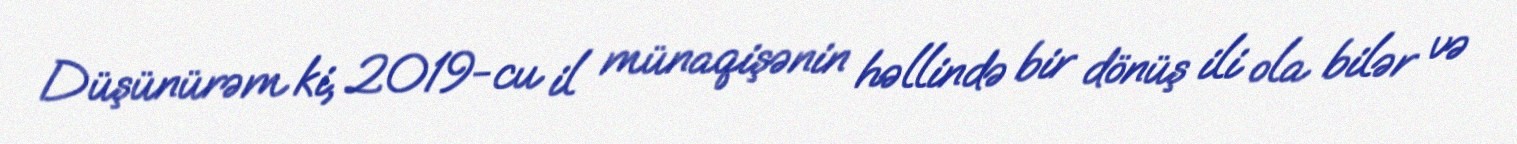
Düşünürəm ki, 2019-cu il münaqişənin həllində bir dönüş ili ola bilər və